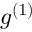
g ^ { ( 1 ) }